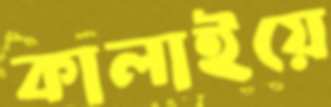
কালাইয়ে